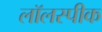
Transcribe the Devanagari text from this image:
लॉलस्पीक